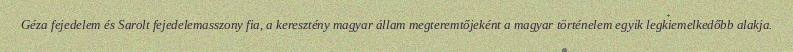
Géza fejedelem és Sarolt fejedelemasszony fia, a keresztény magyar állam megteremtőjeként a magyar történelem egyik legkiemelkedőbb alakja.